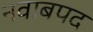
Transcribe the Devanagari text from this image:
नवाबपद